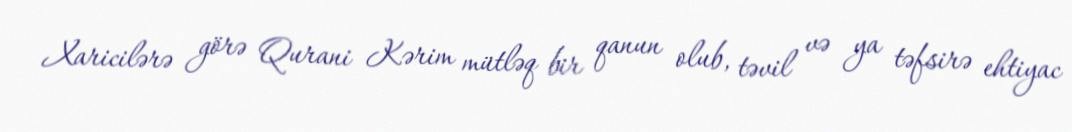
Xaricilərə görə Qurani Kərim mütləq bir qanun olub, təvil və ya təfsirə ehtiyac